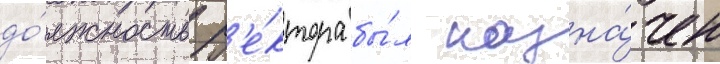
до́лжность р'е́ктора бы́л назна́чен